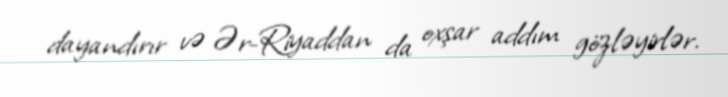
dayandırır və Ər-Riyaddan da oxşar addım gözləyirlər.